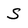
Character: S